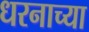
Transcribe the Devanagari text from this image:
धरनाच्या